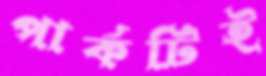
পার্কটিই